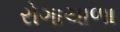
રોગાચાળા